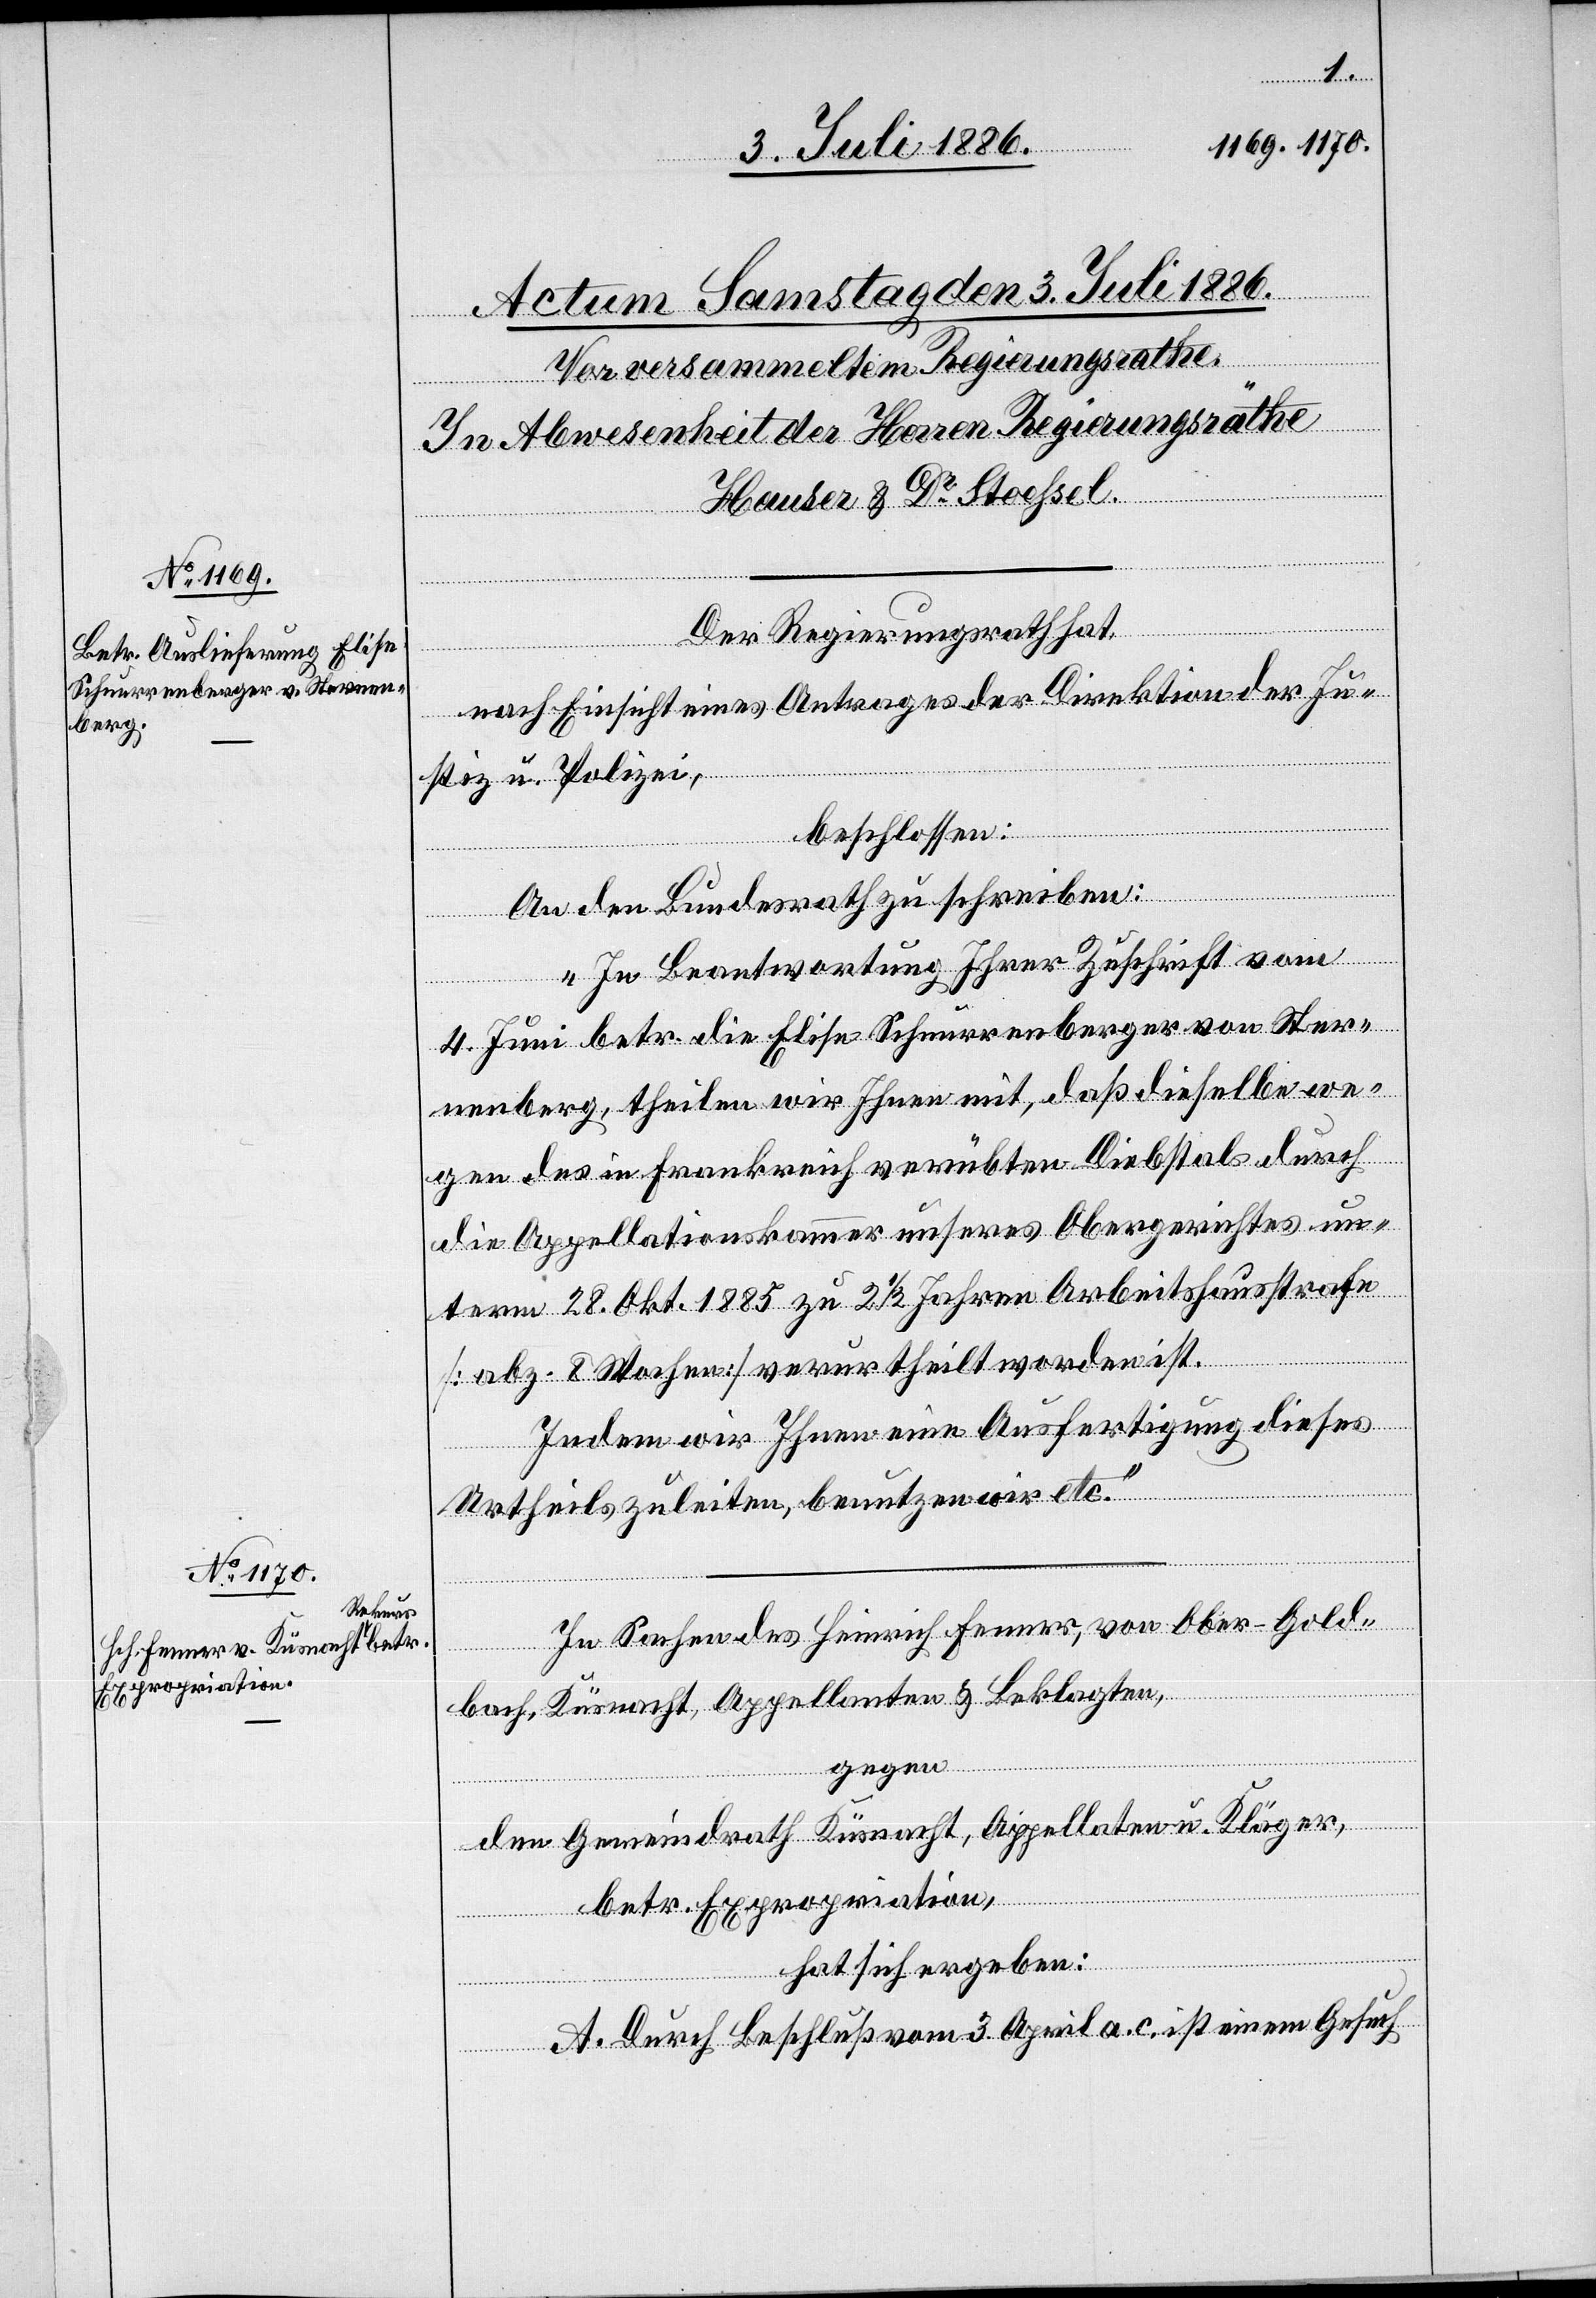
Der Regierungsrath hat,
nach Einsicht eines Antrages der Direktion der Ju¬
stiz u. Polizei,
beschlossen:
An den Bundesrath zu schreiben:
„In Beantwortung Ihrer Zuschrift vom
4. Juni betr. die Elise Schnurrenberger von Ster¬
nenberg, theilen wir Ihnen mit, daß dieselbe we¬
gen des in Frankreich verübten Diebstals durch
die Appellationskammer unseres Obergerichtes un¬
term 28. Okt. 1885 zu 2 1/2 Jahren Arbeitshausstrafe
[abz. 8 Wochen] verurtheilt worden ist.
Indem wir Ihnen eine Ausfertigung dieses
Urtheils zuleiten, benutzen wir etc.“
In Sachen des Heinrich Fenner, von Ober-Gold¬
bach, Küsnacht, Appellanten & Beklagten,
gegen
den Gemeindrath Küsnacht, Appellaten u. Kläger,
betr. Expropriation,
hat sich ergeben:
A. Durch Beschluß vom 3. April a. c. ist einem Gesuch